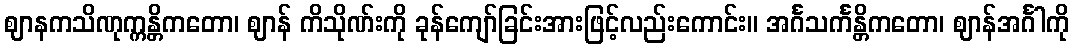
ဈာနကသိဏုက္ကန္တိကတော၊ ဈာန် ကိသိုဏ်းကို ခုန်ကျော်ခြင်းအားဖြင့်လည်းကောင်း။ အင်္ဂသင်္ကန္တိကတော၊ ဈာန်အင်္ဂါကို